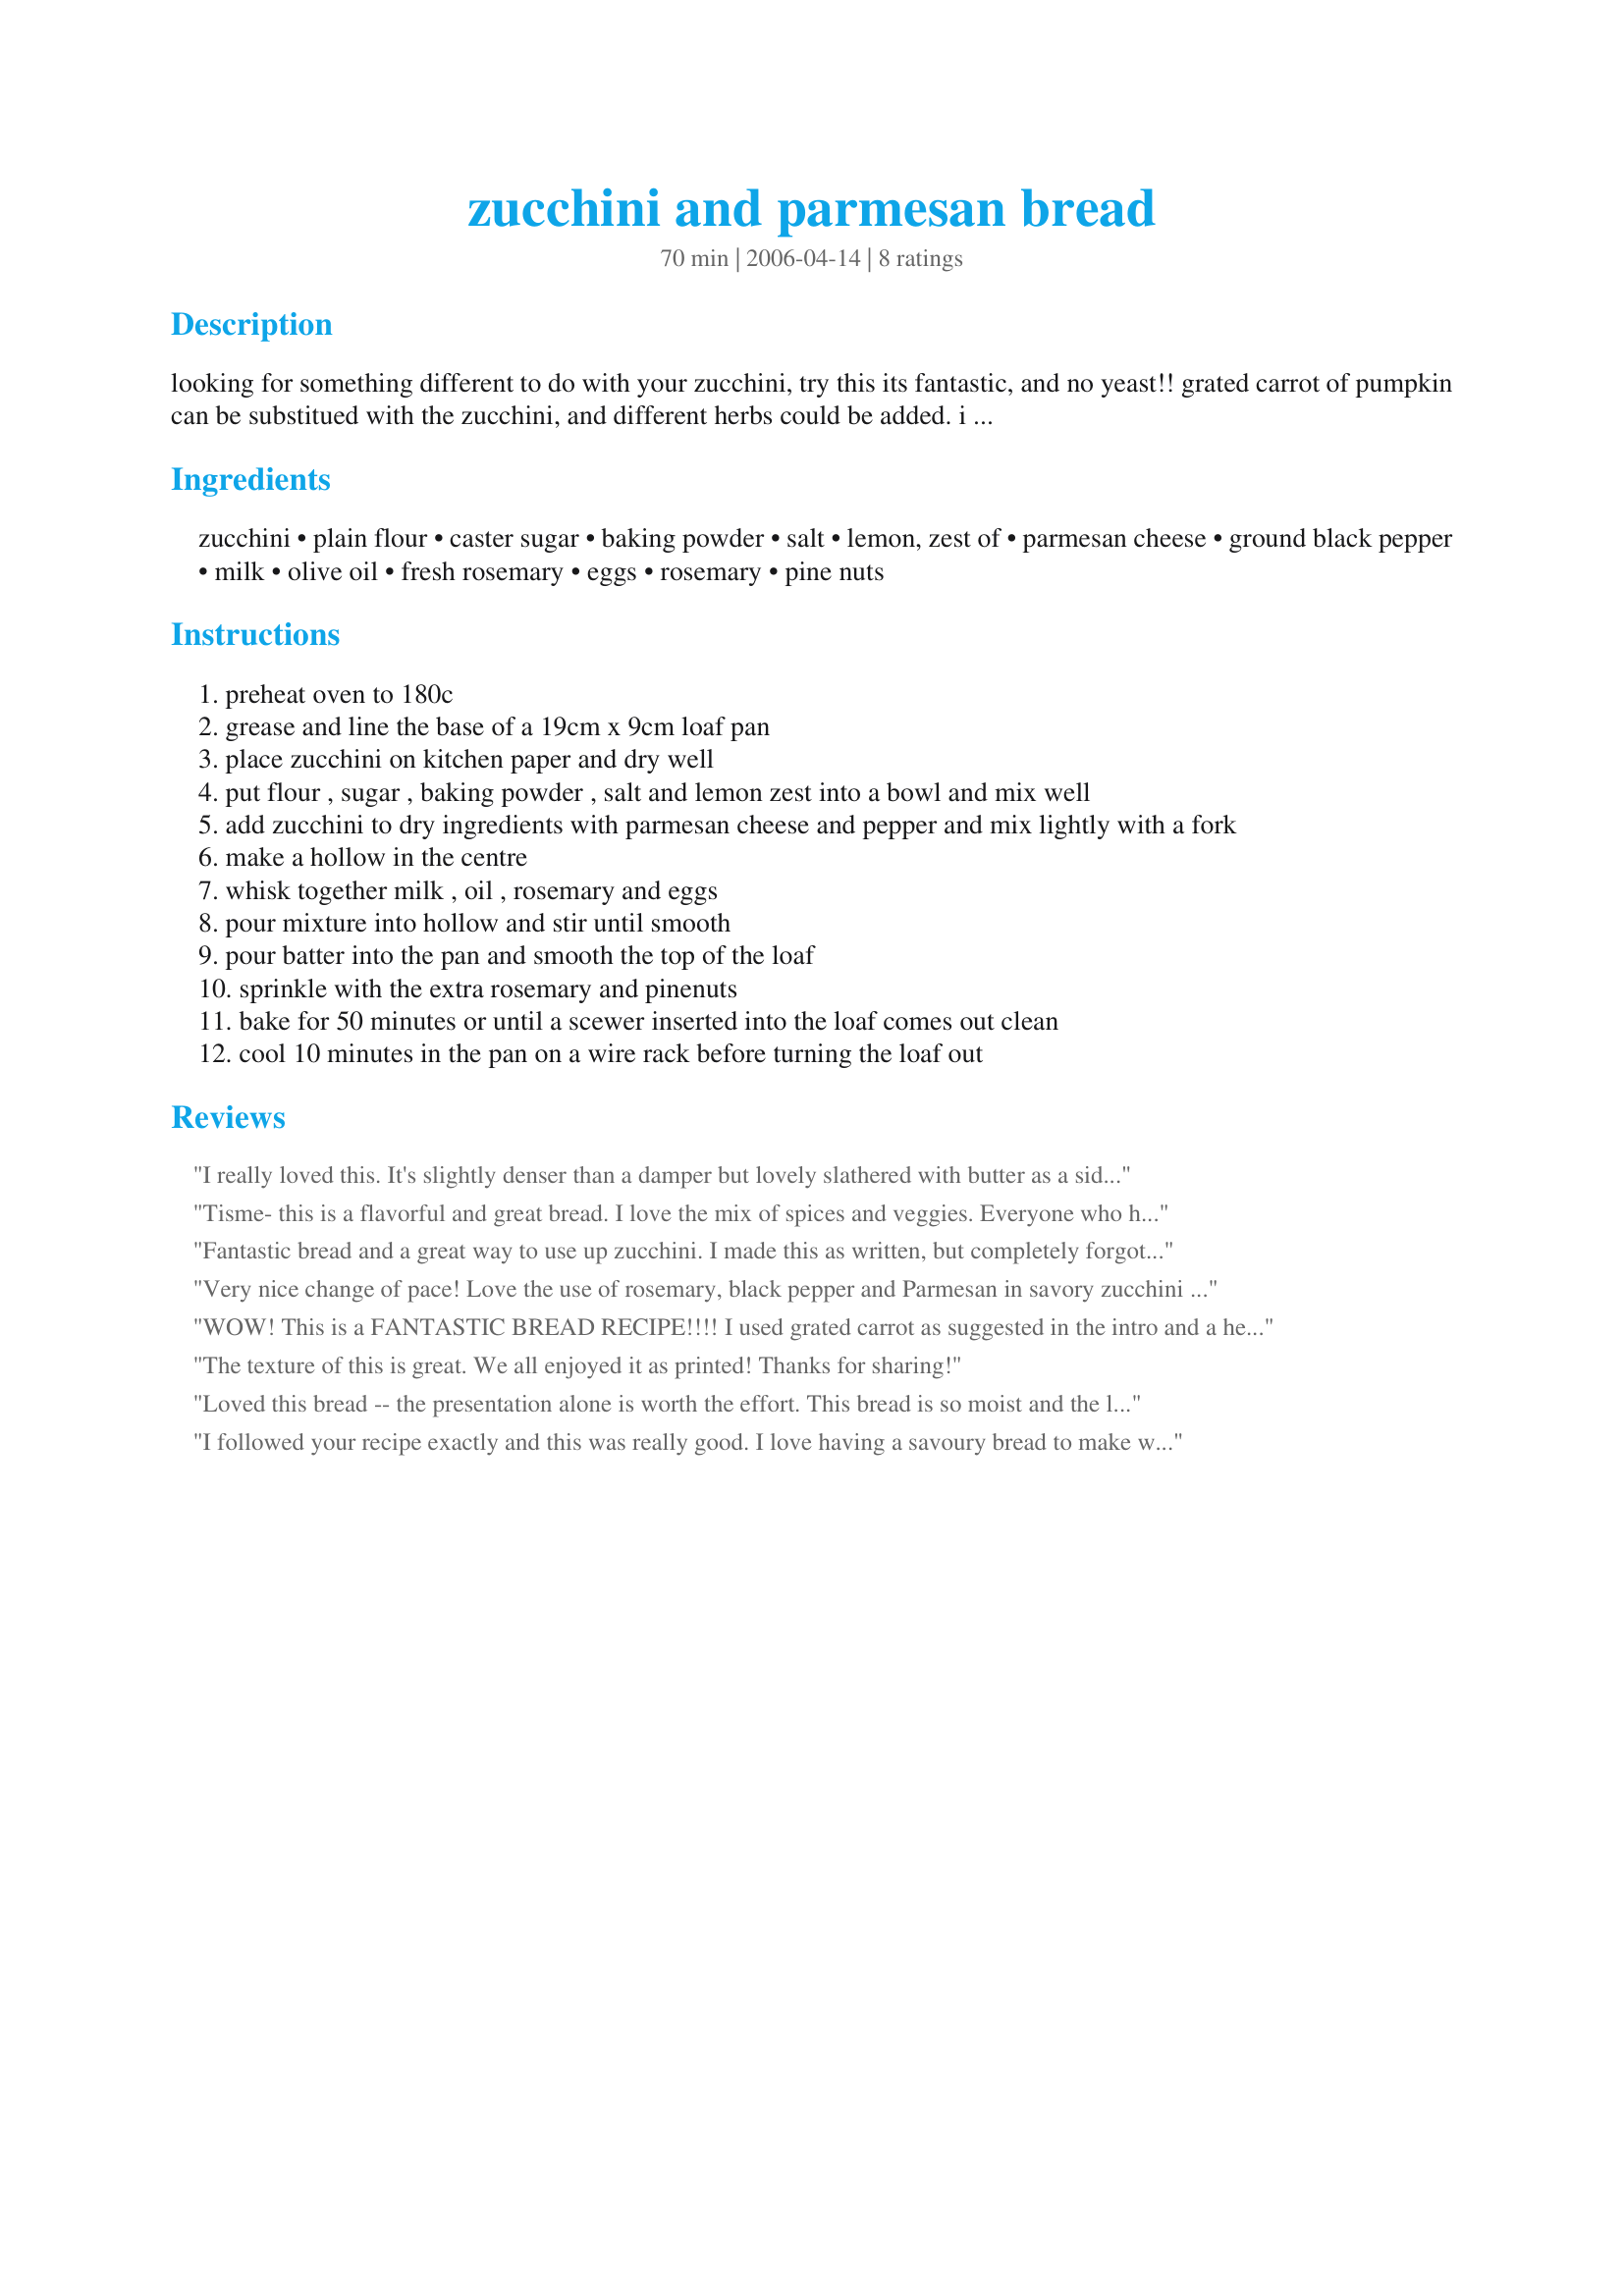
zucchini and parmesan bread
Preparation time: 70 minutes

looking for something different to do with your zucchini, try this its fantastic, and no yeast!! grated carrot of pumpkin can be substitued with the zucchini, and different herbs could be added. i like it with a savoury butter a friend use maple syrup on top of hers, something i have not yet tried!!!!

Ingredients:
zucchini, plain flour, caster sugar, baking powder, salt, lemon, zest of, parmesan cheese, ground black pepper, milk, olive oil, fresh rosemary, eggs, rosemary, pine nuts

Steps:
preheat oven to 180c
grease and line the base of a 19cm x 9cm loaf pan
place zucchini on kitchen paper and dry well
put flour , sugar , baking powder , salt and lemon zest into a bowl and mix well
add zucchini to dry ingredients with parmesan cheese and pepper and mix lightly with a fork
make a hollow in the centre
whisk together milk , oil , rosemary and eggs
pour mixture into hollow and stir until smooth
pour batter into the pan and smooth the top of the loaf
sprinkle with the extra rosemary and pinenuts
bake for 50 minutes or until a scewer inserted into the loaf comes out clean
cool 10 minutes in the pan on a wire rack before turning the loaf out

Reviews:
I really loved this. It's slightly denser than a damper but lovely slathered with butter as a side to our pasta main. I love the touch of lemon too but would probably omit the pine-nuts next time, just personal preference. They ended up falling off when I cut it as I didn't press them into the dough well enough but I think the bread was just as nice without them. This tastes even better the next day too! Thanks Tisme!
Tisme- this is a flavorful and great bread. I love the mix of spices and veggies. Everyone who had a piece (I had several while warm) enjoyed this immensely. I used zuchinni frozen from the garden and preshredded. I thawed and drained, squeezed til dry. I also reduced the sugar content to 1tsp. I absolutely will make this again. I will try it with some wheat flour blend next time. YUMMY! Made for Aussie/NZ Swap 35
Fantastic bread and a great way to use up zucchini. I made this as written, but completely forgot about the pine nuts until I came to do the review. My loaf pan is a little larger than the one specified here, so my batch of bread cooked in just over 40 minutes. Great recipe! Thanks so much!
Very nice change of pace! Love the use of rosemary, black pepper and Parmesan in savory zucchini bread. DH and I tend not to use a lot of butter however butter really brings out all the flavors in this tasty bread. Can not wait to try this beside a big bowl of soup. Thanks for the post.
WOW! This is a FANTASTIC BREAD RECIPE!!!! I used grated carrot as suggested in the intro and a herb blend of rosemary, thyme, sage and a few others. It was so very easy and quick to put together and baked perfectly. The finished loaf had a beautiful appearance, very highly risen. Mmm, the bread was so moist and cheesy with a crisp crust on top. I left out the sugar as the carrot was very sweet and used all whole spelt flour, which worked great! I can picture this with some added in garlic or as a sweet version with cinnamon. Cant wait to try the zucchini version! Thanks so much for sharing this wonderful recipe with us, Tisme!
Made and reviewed for Edn8: Make my recipe, July 09.
The texture of this is great. We all enjoyed it as printed! Thanks for sharing!
Loved this bread -- the presentation alone is worth the effort. This bread is so moist and the lemon zest, along with the rosemary and pine nuts, really brings out the flavor of this scrumptious zucchini bread. I will definitely make this recipe again! Made for the AUS/NZ Make My Recipe Tag, October, 2011.
I followed your recipe exactly and this was really good. I love having a savoury bread to make with zucchini! Thanks for positng it!
